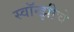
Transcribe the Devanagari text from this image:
स्वॉन्झीचे